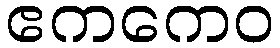
ဧကကေဝ